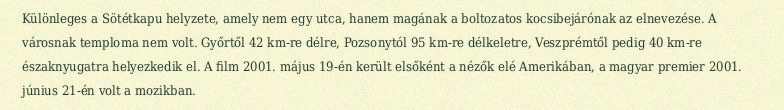
Különleges a Sötétkapu helyzete, amely nem egy utca, hanem magának a boltozatos kocsibejárónak az elnevezése. A városnak temploma nem volt. Győrtől 42 km-re délre, Pozsonytól 95 km-re délkeletre, Veszprémtől pedig 40 km-re északnyugatra helyezkedik el. A film 2001. május 19-én került elsőként a nézők elé Amerikában, a magyar premier 2001. június 21-én volt a mozikban.